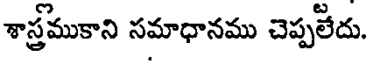
శాస్త్రముకాని సమాధానము చెప్పలేదు.